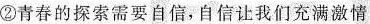
②青春的探索需要自信，自信让我们充满激情